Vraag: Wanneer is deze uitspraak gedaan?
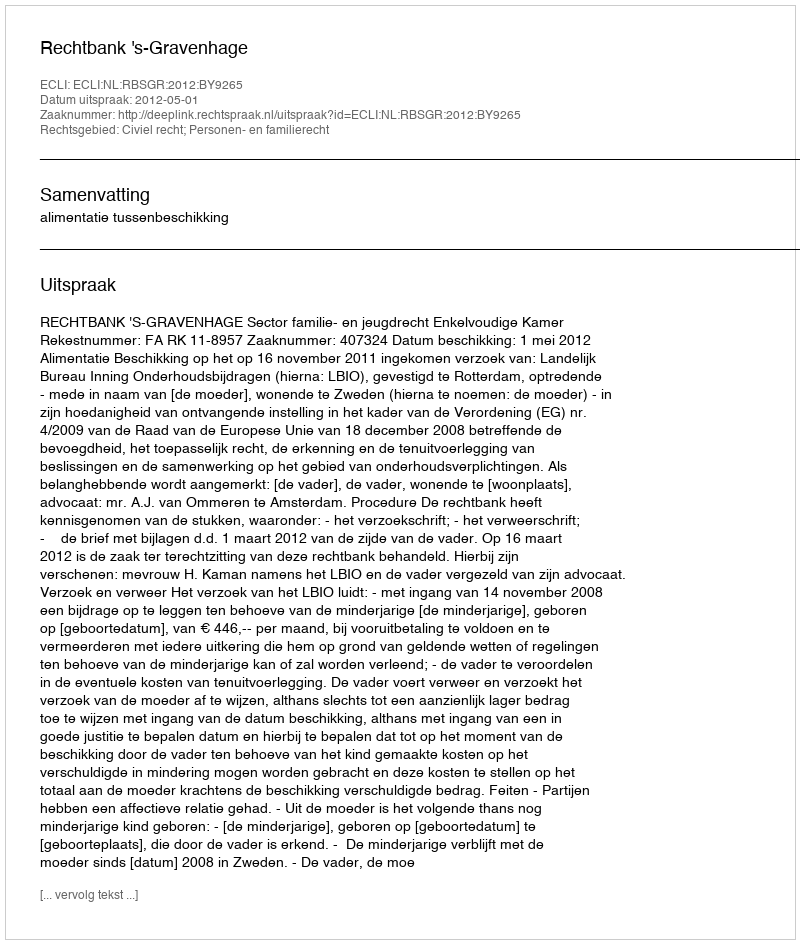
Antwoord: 2012-05-01